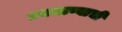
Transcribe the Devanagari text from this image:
उकलण्याची